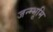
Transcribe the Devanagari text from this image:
जन्म्भूमि